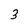
Character: 3